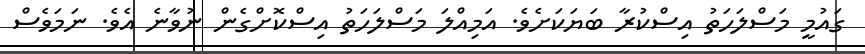
ގައުމީ މަސްލަހަތު އިސްކުރާ ބަޔަކަށެވެ. އަމިއްލަ މަސްލަހަތު އިސްކޮށްގެން ނުވާނެ އެވެ. ނަމަވެސް